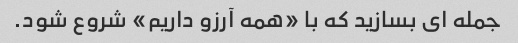
جمله ای بسازید که با «همه آرزو داریم» شروع شود.